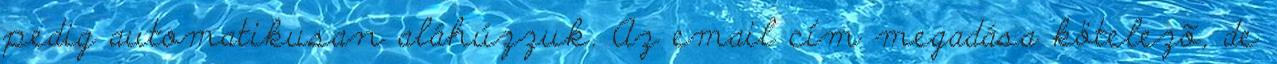
pedig automatikusan aláhúzzuk. Az email cím megadása kötelezõ, de